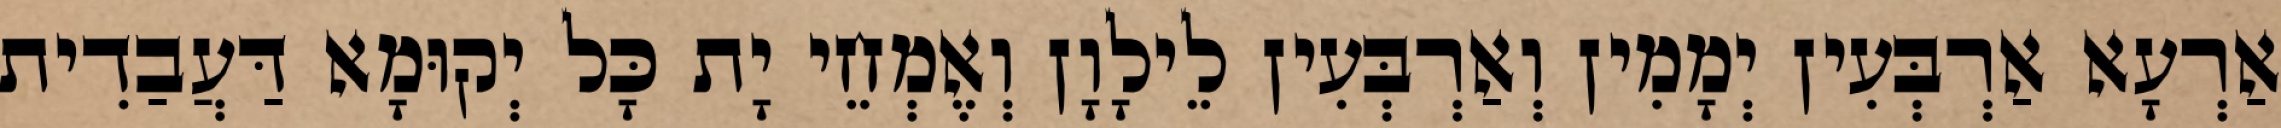
אַרְעָא אַרְבְּעִין יְמָמִין וְאַרְבְּעִין לֵילָוָן וְאֶמְחֵי יָת כָּל יְקוּמָא דַּעֲבַדִית